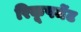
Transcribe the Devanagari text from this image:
रिकूपमेंट